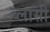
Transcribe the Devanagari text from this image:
ब्लासी